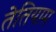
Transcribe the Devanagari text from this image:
तेतियाम